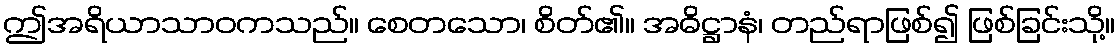
ဤအရိယာသာဝကသည်။ စေတသော၊ စိတ်၏။ အဓိဋ္ဌာနံ၊ တည်ရာဖြစ်၍ ဖြစ်ခြင်းသို့။